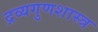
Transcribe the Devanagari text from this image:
द्रव्यगुणशास्त्र